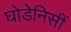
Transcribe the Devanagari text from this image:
घोडेनिसीं